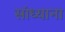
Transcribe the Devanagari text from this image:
सांध्याना